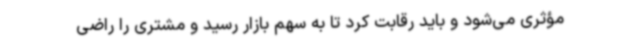
مؤثری می‌شود و باید رقابت کرد تا به سهم بازار رسید و مشتری را راضی